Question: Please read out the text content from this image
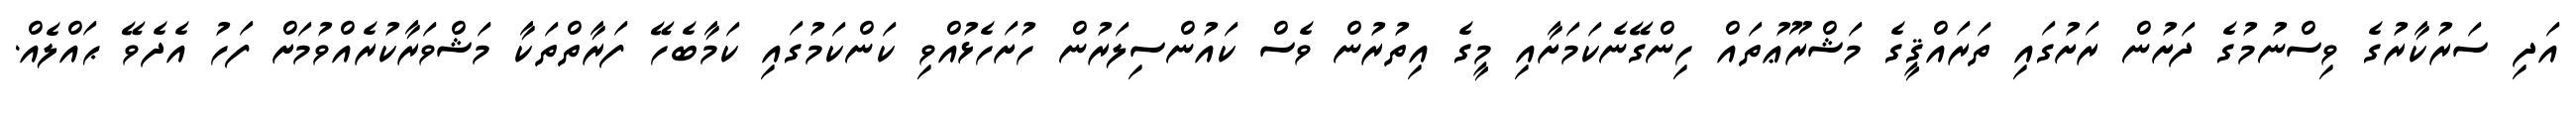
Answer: އަދި ސަރުކާރުގެ ވިސްނުމުގެ ދަށުން ރަށުގައި ތަރައްޤީގެ މަޝްރޫޢުތައް ހިންގޭނެކަމަށާއި މީގެ އިތުރުން ވެސް ކައުންސިލަރުން ހުށަހެޅުއްވި ކަންކަމުގައި ކަމާބެހޭ ފަރާތްތަކާ މަޝްވަރާކުރެއްވުމަށް ފަހު އެދެވޭ ޙައްލެއް.